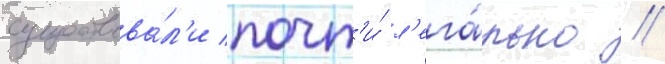
существова́л'и почт'и́ л'ега́льно //